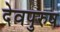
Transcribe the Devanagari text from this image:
देवपुरुष